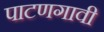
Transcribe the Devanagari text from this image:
पाटणगावी